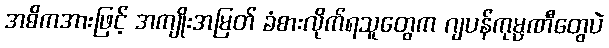
အဓိကအားဖြင့် အကျိုးအမြတ် ခံစားလိုက်ရသူတွေက ဂျပန်ကုမ္ပဏီတွေပဲ